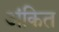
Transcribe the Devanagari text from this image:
अंकित